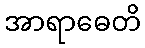
အာရာဓေတိ